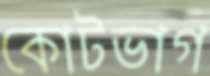
কোটভাগ